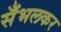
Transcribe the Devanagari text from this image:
सँभलकर